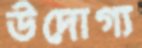
উদোগ্য